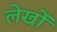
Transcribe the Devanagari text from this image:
लेखोंं